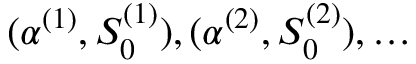
( \alpha ^ { ( 1 ) } , S _ { 0 } ^ { ( 1 ) } ) , ( \alpha ^ { ( 2 ) } , S _ { 0 } ^ { ( 2 ) } ) , \dots